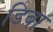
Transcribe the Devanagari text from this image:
डिबा